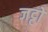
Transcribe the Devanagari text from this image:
जट्टों